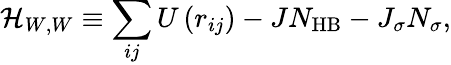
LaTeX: {\cal H}_{W,W}\equiv\sum_{ij}U\left(r_{ij}\right)-JN_{\mathrm{HB}}-J_{\sigma}N_{\sigma},